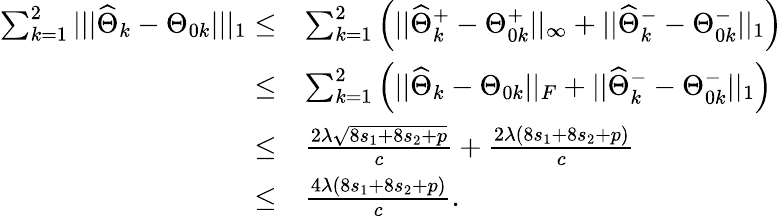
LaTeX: \begin{array}{rl}{\sum_{k=1}^{2}|||\widehat{\Theta}_{k}-\Theta_{0k}|||_{1}\leq}&{\sum_{k=1}^{2}\Big(||\widehat{\Theta}_{k}^{+}-\Theta_{0k}^{+}||_{\infty}+||\widehat{\Theta}_{k}^{-}-\Theta_{0k}^{-}||_{1}\Big)}\\ {\leq}&{\sum_{k=1}^{2}\Big(||\widehat{\Theta}_{k}-\Theta_{0k}||_{F}+||\widehat{\Theta}_{k}^{-}-\Theta_{0k}^{-}||_{1}\Big)}\\ {\leq}&{\frac{2\lambda\sqrt{8s_{1}+8s_{2}+p}}{c}+\frac{2\lambda(8s_{1}+8s_{2}+p)}{c}}\\ {\leq}&{\frac{4\lambda(8s_{1}+8s_{2}+p)}{c}.}\end{array}